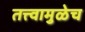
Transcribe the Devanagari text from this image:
तत्त्वामुळेच